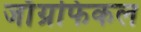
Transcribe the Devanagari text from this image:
जाॅग्रफिकल